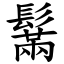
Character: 鬗